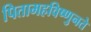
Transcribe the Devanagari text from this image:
पितामहविष्णुनते